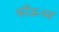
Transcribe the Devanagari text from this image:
फीऊःव्व